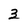
Character: 3